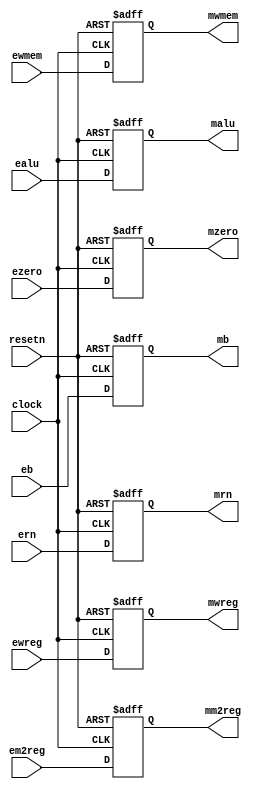
module pipeemreg(ewreg, em2reg,ewmem,ealu,eb,ern,ezero,clock,resetn,mwreg,
	mm2reg,mwmem,malu,mb,mrn,mzero);
	
	input wire ewreg, em2reg, ewmem;
	input wire [31:0] ealu, eb;
	input wire [4:0] ern;
	input wire clock, resetn, ezero;
	
	output reg mwreg, mm2reg, mwmem;
	output reg [31:0] malu, mb;
	output reg [4:0] mrn;
	output reg mzero;
	
	always @ (posedge clock or negedge resetn)
	begin
		if (resetn == 0)
		begin
			mwreg <= 0;
			mm2reg <= 0;
			mwmem <= 0;
			malu <= 0;
			mb <= 0;
			mrn <= 0;
			mzero <= 0;
			
		end
		else
		begin
			mwreg <= ewreg;
			mm2reg <= em2reg;
			mwmem <= ewmem;
			malu <= ealu;
			mb <= eb;
			mrn <= ern;
			mzero <= ezero;
		end
	end

endmodule